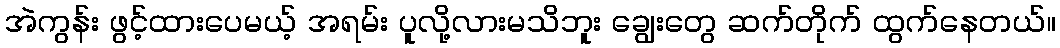
အဲကွန်း ဖွင့်ထားပေမယ့် အရမ်း ပူလို့လားမသိဘူး ချွေးတွေ ဆက်တိုက် ထွက်နေတယ်။